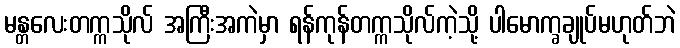
မန္တလေးတက္ကသိုလ် အကြီးအကဲမှာ ရန်ကုန်တက္ကသိုလ်ကဲ့သို့ ပါမောက္ခချုပ်မဟုတ်ဘဲ